Annual report on the Civil Veterinary Department, Burma (including the Insein Veterinary School) - 1932-1941
Year: 1932
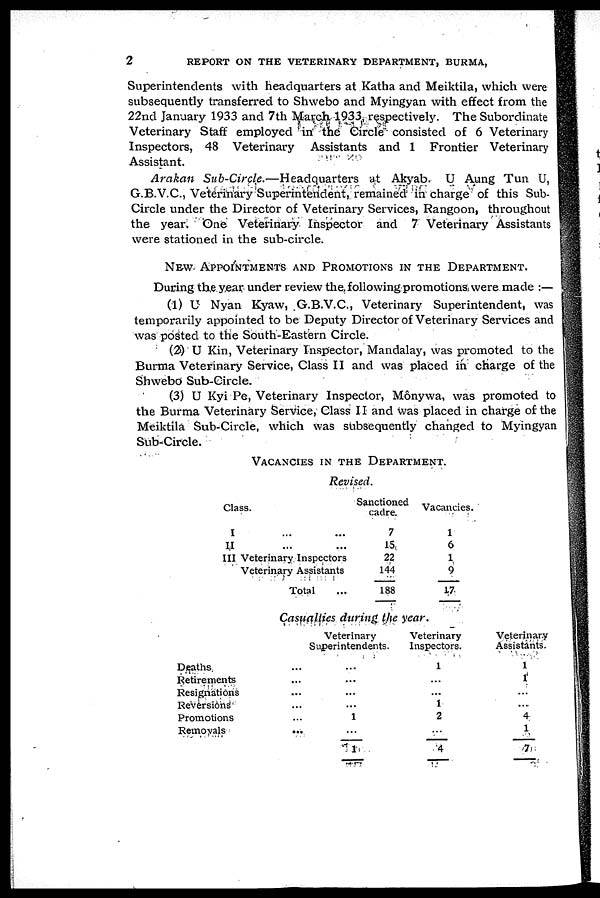
2
REPORT ON THE VETERINARY DEPARTMENT, BURMA,
Superintendents with headquarters at Katha and Meiktila, which were
subsequently transferred to Shwebo and Myingyan with effect from the
22nd January 1933 and 7th March 1933 respectively. The Subordinate
Veterinary Staff employed in the Circle consisted of 6 Veterinary
Inspectors, 48 Veterinary Assistants and 1 Frontier Veterinary
Assistant.
Arakan Sub-Circle.—Headquarters
at Akyab. U Aung Tun U,
G.B.V.C., Veterinary Superintendent, remained in charge of this Sub-
Circle under the Director of Veterinary Services, Rangoon, throughout
the year. One Veterinary Inspector and 7 Veterinary Assistants
were stationed in the sub-circle.
NEW APPOINTMENTS AND PROMOTIONS IN THE DEPARTMENT.
During the year under review the following promotions were made :—
(1) U Nyan Kyaw, G.B.V.C., Veterinary Superintendent, was
temporarily appointed to be Deputy Director of Veterinary Services and
was posted to the South-Eastern Circle.
(2) U Kin, Veterinary Inspector, Mandalay, was promoted to the
Burma Veterinary Service, Class II and was placed in charge of the
Shwebo Sub-Circle.
(3) U Kyi Pe, Veterinary Inspector, Mônywa, was promoted to
the Burma Veterinary Service, Class II and was placed in charge of the
Meiktila Sub-Circle, which was subsequently changed to Myingyan
Sub-Circle.
VACANCIES IN THE DEPARTMENT.
Revised.
Class.
I ... ...
II ... ...
III Veterinary Inspectors
Veterinary Assistants
Total ...
Sanctioned
cadre.
7
15
22
144
188
Vacancies.
1
6
1
9
17
Casualties during the year.
Deaths
Retirements
Resignations
Reversions
Promotions
Removals
...
...
...
...
...
...
Veterinary
Superintendents.
...
...
...
...
1
...
1
Veterinary
Inspectors.
1
...
...
1
2
...
4
Veterinary
Assistants.
1
1
...
...
4
1
7